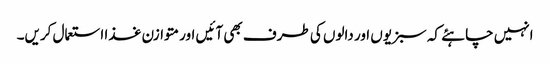
انہیں چاہئے کہ سبزیوں اور دالوں کی طرف بھی آئیں اور متوازن غذا استعمال کریں۔